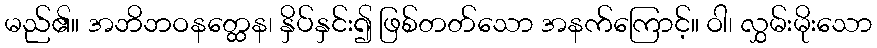
မည်၏။ အဘိဘဝနတ္ထေန၊ နှိပ်နှင်း၍ ဖြစ်တတ်သော အနက်ကြောင့်။ ဝါ၊ လွှမ်းမိုးသော